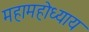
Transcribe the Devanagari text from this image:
महामहोध्याय